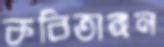
কবিতাঙ্গন